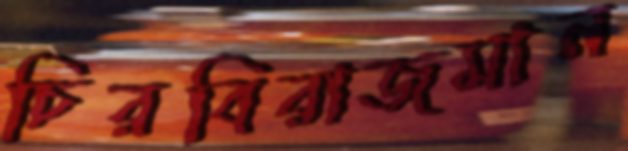
চিরবিরাজমান